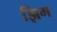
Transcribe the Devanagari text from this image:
झिग